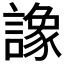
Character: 𧬛